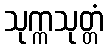
သုက္ကသုတ္တံ